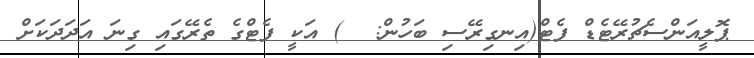
ޕޮލީއަންސެޗުރޭޓެޑް ފެޓް(އިނގިރޭސި ބަހުން:  ) އަކީ ފެޓްގެ ތެރޭގައި ގިނަ އަދަދަކަށް